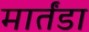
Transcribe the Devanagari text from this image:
मार्तंडा